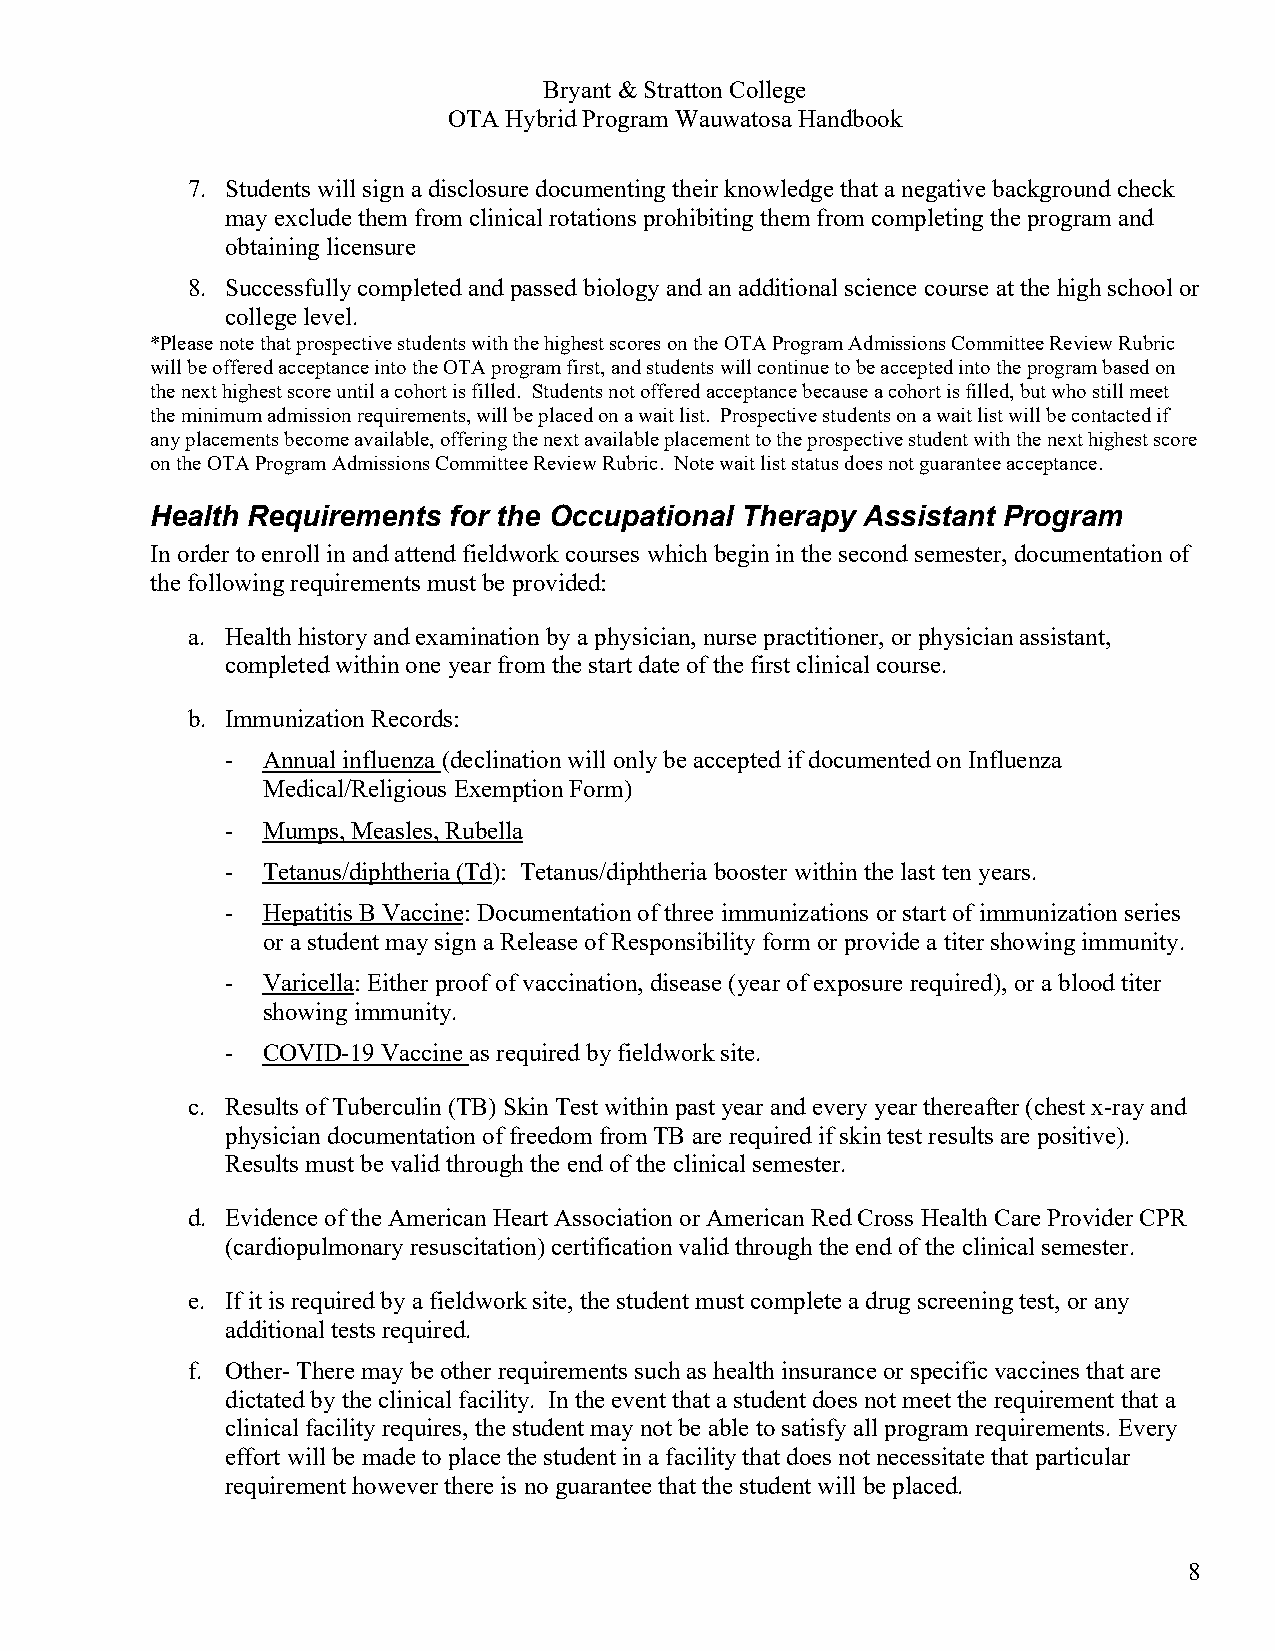
Bryant & Stratton College
 OTA Hybrid Program Wauwatosa Handbook
 7. Students will sign a disclosure documenting their knowledge that a negative background check
 may exclude them from clinical rotations prohibiting them from completing the program and
 obtaining licensure
 8. Successfully completed and passed biology and an additional science course at the high school or
 college level.
 *Please note that prospective students with the highest scores on the OTA Program Admissions Committee Review Rubric
 will be offered acceptance into the OTA program first, and students will continue to be accepted into the program based on
 the next highest score until a cohort is filled. Students not offered acceptance because a cohort is filled, but who still meet
 the minimum admission requirements, will be placed on a wait list. Prospective students on a wait list will be contacted if
 any placements become available, offering the next available placement to the prospective student with the next highest score
 on the OTA Program Admissions Committee Review Rubric. Note wait list status does not guarantee acceptance.
 Health Requirements for the Occupational Therapy Assistant Program
 In order to enroll in and attend fieldwork courses which begin in the second semester, documentation of
 the following requirements must be provided:
 a. Health history and examination by a physician, nurse practitioner, or physician assistant,
 completed within one year from the start date of the first clinical course.
 b. Immunization Records:
 - Annual influenza (declination will only be accepted if documented on Influenza
 Medical/Religious Exemption Form)
 - Mumps, Measles, Rubella
 - Tetanus/diphtheria (Td): Tetanus/diphtheria booster within the last ten years.
 - Hepatitis B Vaccine: Documentation of three immunizations or start of immunization series
 or a student may sign a Release of Responsibility form or provide a titer showing immunity.
 - Varicella: Either proof of vaccination, disease (year of exposure required), or a blood titer
 showing immunity.
 - COVID-19 Vaccine as required by fieldwork site.
 c. Results of Tuberculin (TB) Skin Test within past year and every year thereafter (chest x-ray and
 physician documentation of freedom from TB are required if skin test results are positive).
 Results must be valid through the end of the clinical semester.
 d. Evidence of the American Heart Association or American Red Cross Health Care Provider CPR
 (cardiopulmonary resuscitation) certification valid through the end of the clinical semester.
 e. If it is required by a fieldwork site, the student must complete a drug screening test, or any
 additional tests required.
 f. Other- There may be other requirements such as health insurance or specific vaccines that are
 dictated by the clinical facility. In the event that a student does not meet the requirement that a
 clinical facility requires, the student may not be able to satisfy all program requirements. Every
 effort will be made to place the student in a facility that does not necessitate that particular
 requirement however there is no guarantee that the student will be placed.
 8